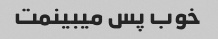
خوب پس میبینمت